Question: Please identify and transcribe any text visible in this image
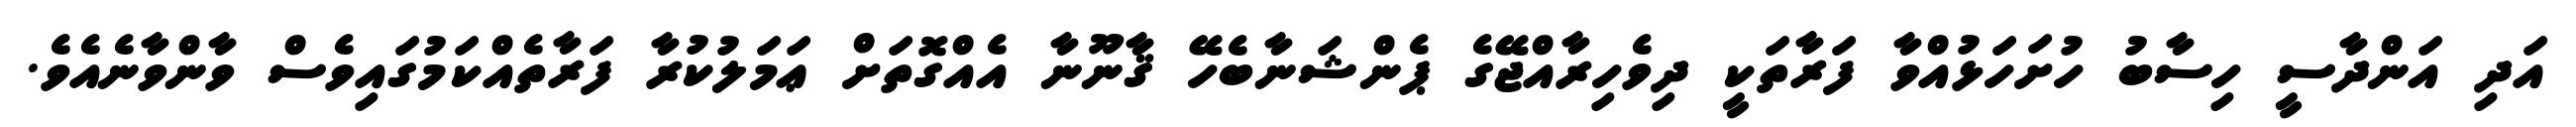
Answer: އަދި އަންދާސީ ހިސާބު ހުށަހަޅުއްވާ ފަރާތަކީ ދިވެހިރާއްޖޭގެ ޕެންޝަނާބެހޭ ޤާނޫނާ އެއްގޮތަށް ޢަމަލުކުރާ ފަރާތެއްކަމުގައިވެސް ވާންވާނެއެވެ.